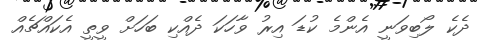
ދެކެ ލޯބިވަނީ އެންމެ ކުޑަ އިރު ވާހަކަ ދެއްކި ބަހަށް ވީތީ އެކައްޗެއް